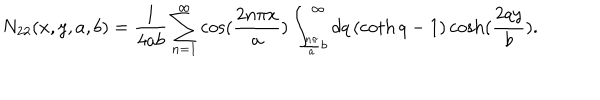
N _ { 2 2 } ( x , y , a , b ) = \frac { 1 } { 4 a b } \sum _ { n = 1 } ^ { \infty } \cos ( \frac { 2 n \pi x } { a } ) \int _ { \frac { n \pi } { a } b } ^ { \infty } d q \left( \coth q - 1 \right) \cosh ( \frac { 2 q y } { b } ) .